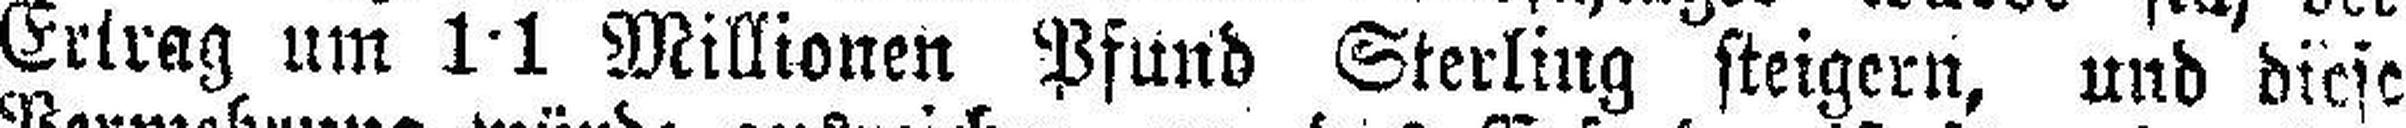
Ertrag um 1•1 Millionen Pfund Sterling steigern, und diese